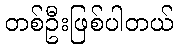
တစ်ဦးဖြစ်ပါတယ်